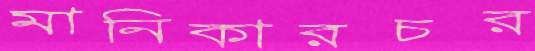
মানিকারচর